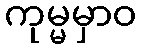
ကုမ္မမှာဝ